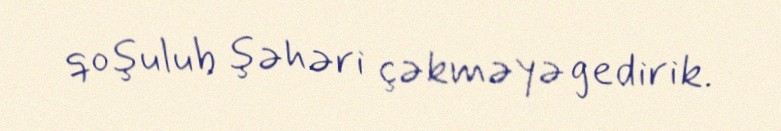
qoşulub şəhəri çəkməyə gedirik.